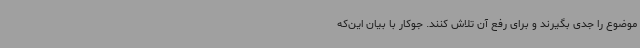
موضوع را جدی بگیرند و برای رفع آن تلاش کنند. جوکار با بیان این‌که